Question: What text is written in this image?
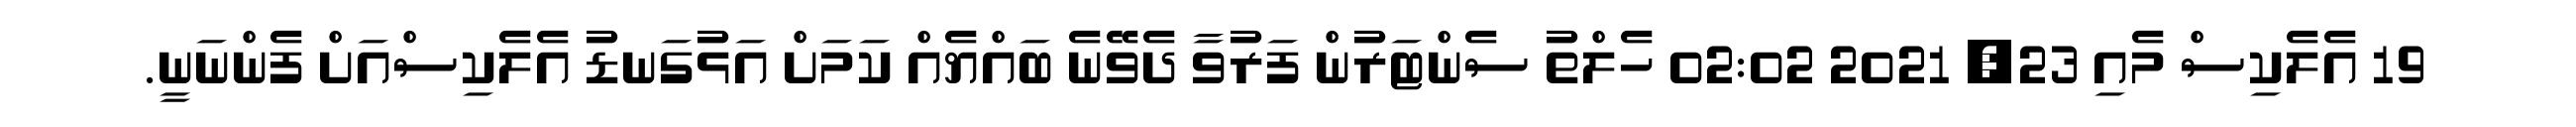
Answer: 19 އެލެކިސް މެއި 23, 2021 02:02 ހެލްތު ސެންޓަރުން ފަރުވާ ދެވޭނެ ބައްޔެއް ކަމަށް އަޅުގަނޑު އެލެކިސްއަށް ފެންނަނީ.